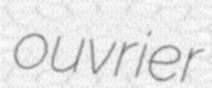
ouvrier